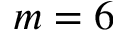
m = 6